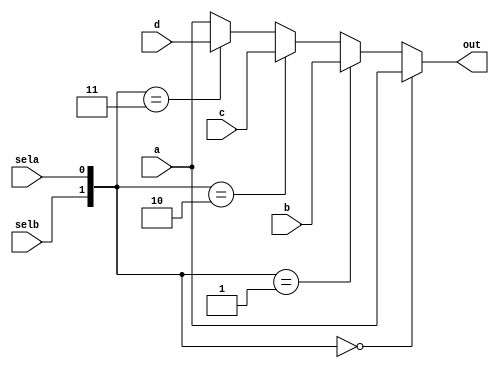
module Mux32Bit4to1twoSEL(a, b, c, d, out, sela, selb);
    input [31:0] a, b, c, d;
    output reg [31:0] out;
    input sela, selb;
    reg [1:0] sel;
   
    always @(*) begin
        sel = {selb, sela};
        if (sel == 2'b00) begin
            out = a;
        end
        else if (sel == 2'b01) begin
            out = b;
        end
        else if (sel == 2'b10) begin
            out = c;
        end
        else if (sel == 2'b11) begin
            out = d;
        end
        else begin
            out = a;
        end
    end
endmodule